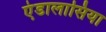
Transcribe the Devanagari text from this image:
एंडालासिया